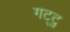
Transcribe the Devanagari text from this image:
गट्टु